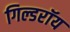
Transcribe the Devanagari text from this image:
गिल्डरॉय